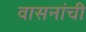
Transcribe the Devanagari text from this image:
वासनांची